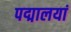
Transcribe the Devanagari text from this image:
पद्मालयां